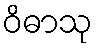
ဝိဓာသု